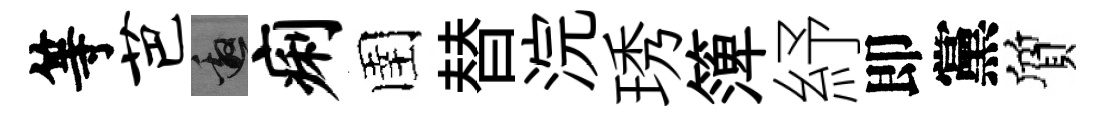
等芭邀痢圉替浣琇𥱼紓即黨質